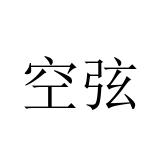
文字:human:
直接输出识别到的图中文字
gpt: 空弦